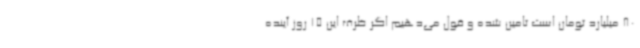
80 میلیارد تومان است تامین شده و قول می‌دهیم اگر ظرف این 15 روز آینده